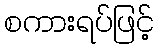
စကားရပ်ဖြင့်